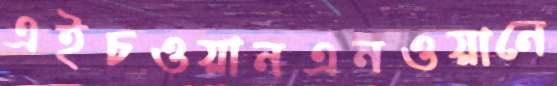
এইচওয়ানএনওয়ানে